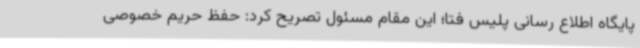
پایگاه اطلاع رسانی پلیس فتا؛ این مقام مسئول تصریح کرد: حفظ حریم خصوصی